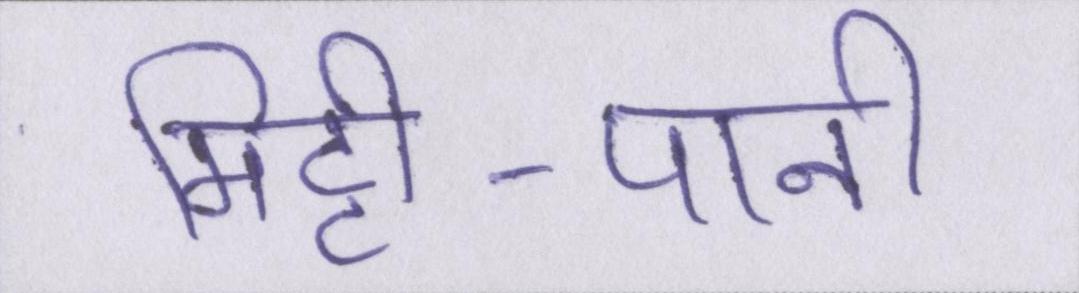
मिट्टी-पानी